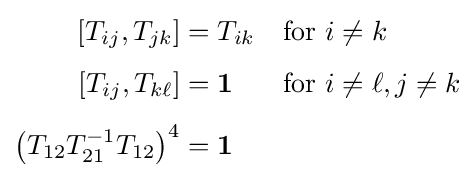
{\begin{aligned}\left[T_{ij},T_{jk}\right]&=T_{ik}&&{\text{for }}i\neq k\\[4pt]\left[T_{ij},T_{k\ell }\right]&=\mathbf {1} &&{\text{for }}i\neq \ell ,j\neq k\\[4pt]\left(T_{12}T_{21}^{-1}T_{12}\right)^{4}&=\mathbf {1} \end{aligned}}